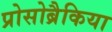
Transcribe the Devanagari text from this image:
प्रोसोब्रैकिया